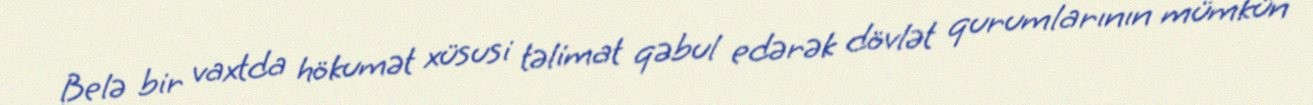
Belə bir vaxtda hökumət xüsusi təlimat qəbul edərək dövlət qurumlarının mümkün